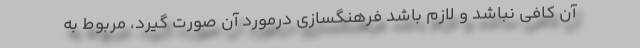
آن کافی نباشد و لازم باشد فرهنگسازی درمورد آن صورت گیرد، مربوط به